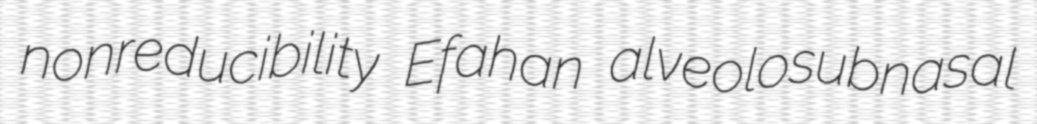
nonreducibility Efahan alveolosubnasal